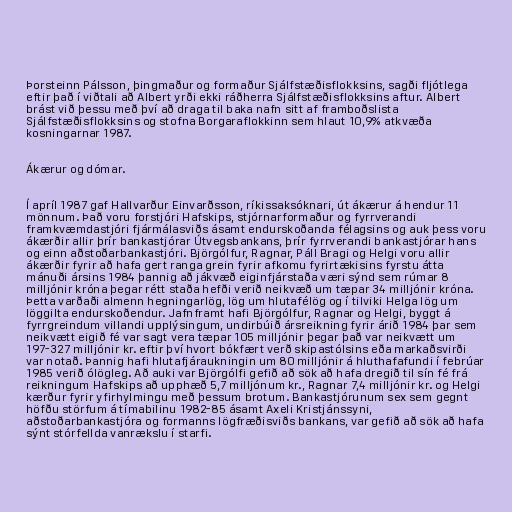
Þorsteinn Pálsson, þingmaður og formaður Sjálfstæðisflokksins, sagði fljótlega
eftir það í viðtali að Albert yrði ekki ráðherra Sjálfstæðisflokksins aftur. Albert
brást við þessu með því að draga til baka nafn sitt af framboðslista
Sjálfstæðisflokksins og stofna Borgaraflokkinn sem hlaut 10,9% atkvæða
kosningarnar 1987.

Ákærur og dómar.

Í apríl 1987 gaf Hallvarður Einvarðsson, ríkissaksóknari, út ákærur á hendur 11
mönnum. Það voru forstjóri Hafskips, stjórnarformaður og fyrrverandi
framkvæmdastjóri fjármálasviðs ásamt endurskoðanda félagsins og auk þess voru
ákærðir allir þrír bankastjórar Útvegsbankans, þrír fyrrverandi bankastjórar hans
og einn aðstoðarbankastjóri. Björgólfur, Ragnar, Páll Bragi og Helgi voru allir
ákærðir fyrir að hafa gert ranga grein fyrir afkomu fyrirtækisins fyrstu átta
mánuði ársins 1984 þannig að jákvæð eiginfjárstaða væri sýnd sem rúmar 8
milljónir króna þegar rétt staða hefði verið neikvæð um tæpar 34 milljónir króna.
Þetta varðaði almenn hegningarlög, lög um hlutafélög og í tilviki Helga lög um
löggilta endurskoðendur. Jafnframt hafi Björgólfur, Ragnar og Helgi, byggt á
fyrrgreindum villandi upplýsingum, undirbúið ársreikning fyrir árið 1984 þar sem
neikvætt eigið fé var sagt vera tæpar 105 milljónir þegar það var neikvætt um
197-327 milljónir kr. eftir því hvort bókfært verð skipastólsins eða markaðsvirði
var notað. Þannig hafi hlutafjáraukningin um 80 milljónir á hluthafafundi í febrúar
1985 verið ólögleg. Að auki var Björgólfi gefið að sök að hafa dregið til sín fé frá
reikningum Hafskips að upphæð 5,7 milljónum kr., Ragnar 7,4 milljónir kr. og Helgi
kærður fyrir yfirhylmingu með þessum brotum. Bankastjórunum sex sem gegnt
höfðu störfum á tímabilinu 1982-85 ásamt Axeli Kristjánssyni,
aðstoðarbankastjóra og formanns lögfræðisviðs bankans, var gefið að sök að hafa
sýnt stórfellda vanrækslu í starfi.